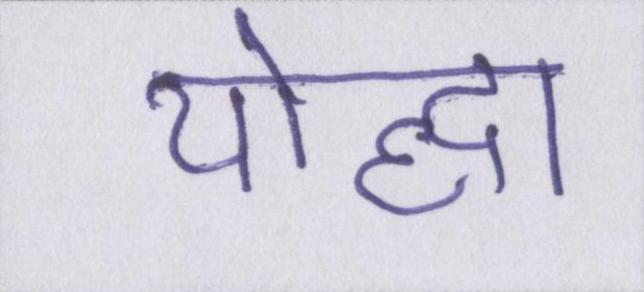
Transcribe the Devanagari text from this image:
योद्धा